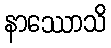
နာဿောသိ